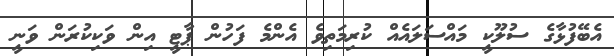
އެބޭފުޅާގެ ސުލޫކީ މައްސަލައެއް ކުރިމަތިވެ އެންމެ ފަހުން ޕާޓީ އިން ވަކިކުރަން ވަނީ